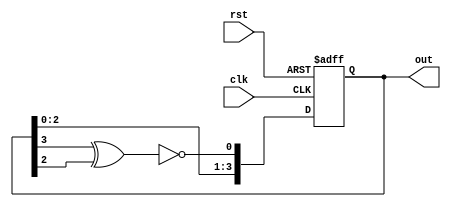
`timescale 1ns / 1ps
/*
 File: LSFR
 Author: Xin Yu
*/
module LSFR(out, clk, rst);

output reg [3:0] out;
input clk, rst;

wire feedback;

assign feedback = ~(out[3]^out[2]);

always @(posedge clk, posedge rst)
begin
   if (rst)
      out = 4'b0;
   else
      out = {out[2:0], feedback};
end
endmodule